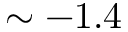
\sim - 1 . 4